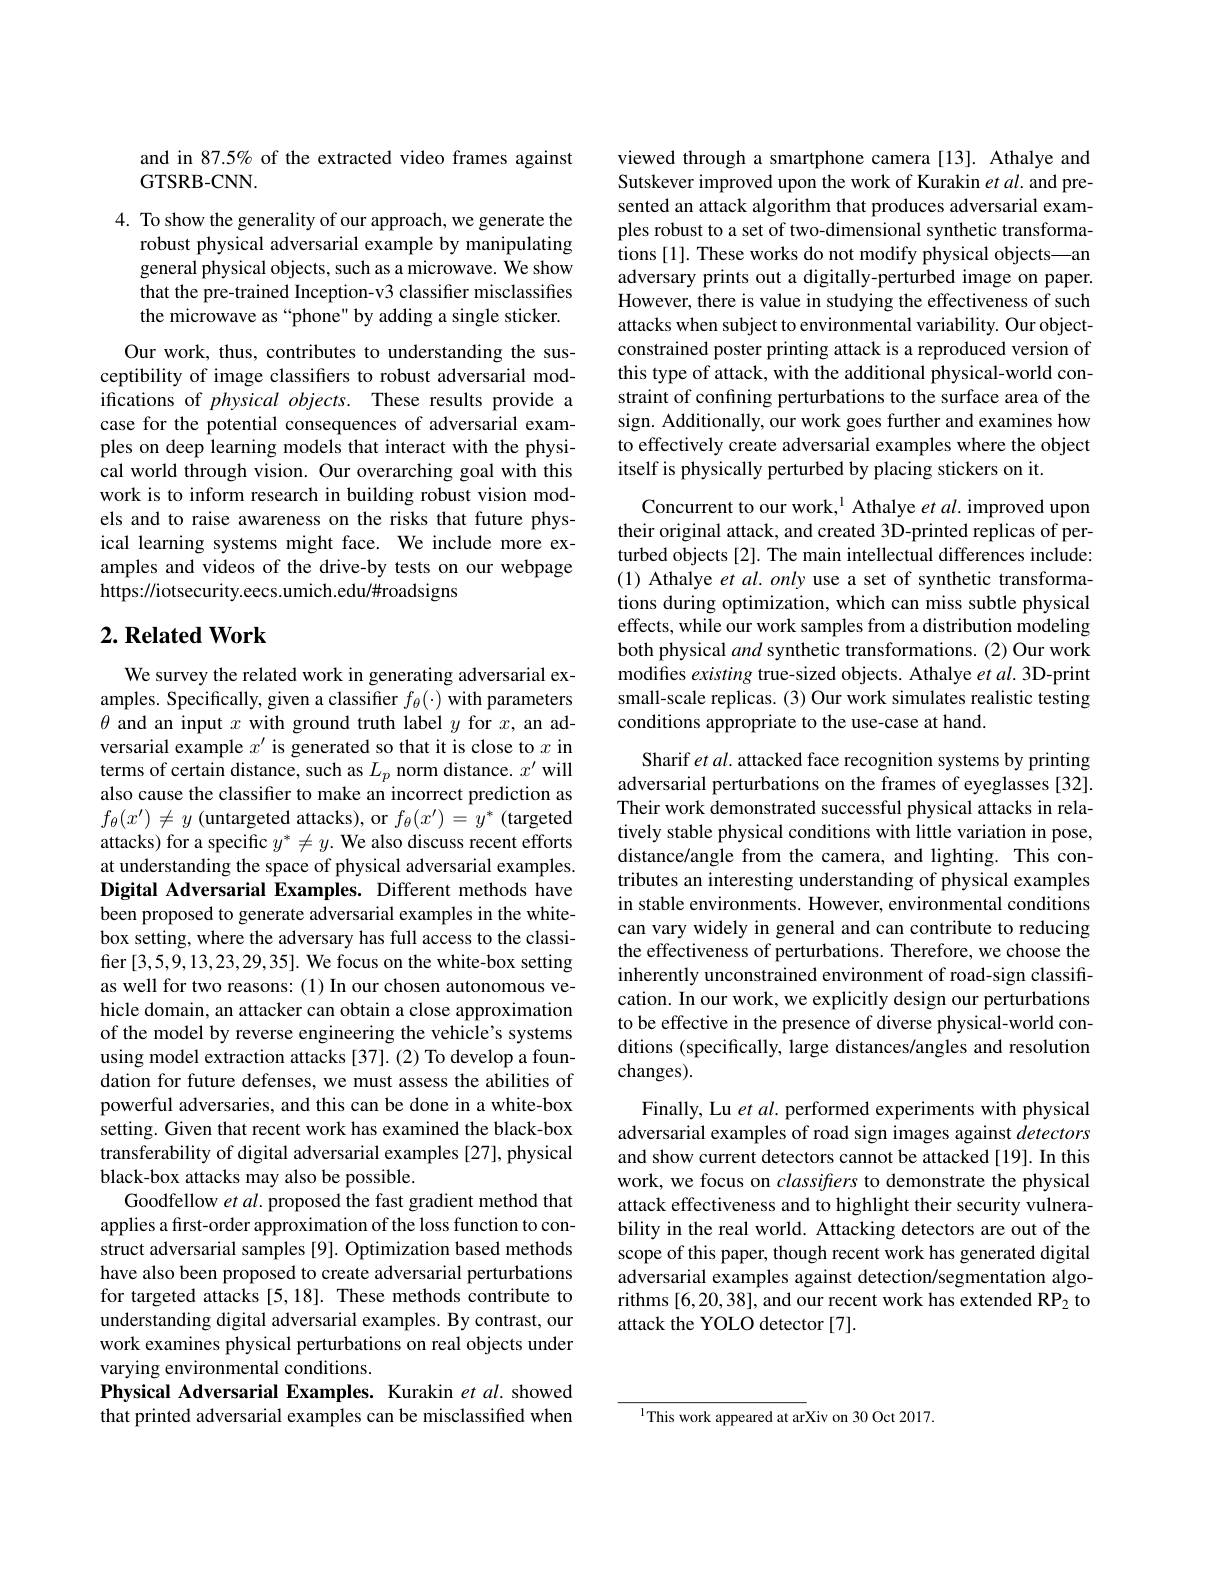
and in 87.5% of the extracted video frames against
GTSRB- CNN.

4. To show the generality of our approach, we generate the
robust physical adversarial example by manipulating general physical objects, such as a microwave. We show that the pre-trained Inception-v3 classifier misclassifies the microwave as “phone" by adding a single sticker.

Our work, thus, contributes to understanding the susceptibility of image classifers to robust adversarial modifications of physical objects. These results provide a case for the potential consequences of adversarial examples on deep learning models that interact with the physical world through vision. Our overarching goal with this work is to inform research in building robust vision models and to raise awareness on the risks that future physical learning systems might face. We include more examples and videos of the drive-by tests on our webpage https://iotsecurity.eecs.umich.edu/#roadsigns

## $2. \textbf{Related Work}$

We survey the related work in generating adversarial examples. Specifically, given a classifier $f_\theta(\cdot)$ with parameters $\theta$ and an input $x$ with ground truth label $y$ for $x$, an adversarial example $x^\prime$ is generated so that it is close to $x$ in terms of certain distance, such as $L_p$ norm distance. $x^\prime$ will also cause the classifier to make an incorrect prediction as $f_{\theta}(x^{\prime})\neq y$ (untargeted attacks), or $f_\theta(x^{\prime})=y^*$ (targeted attacks) for a specific $y^*\neq y.$ We also discuss recent efforts at understanding the space of physical adversarial examples. Digital Adversarial Examples. Different methods have been proposed to generate adversarial examples in the whitebox setting, where the adversary has full access to the classifier [3,5,9,13,23,29,35]. We focus on the white-box setting as well for two reasons: (1) In our chosen autonomous vehicle domain, an attacker can obtain a close approximation of the model by reverse engineering the vehicle's systems using model extraction attacks [37]. (2) To develop a foundation for future defenses, we must assess the abilities of powerful adversaries, and this can be done in a white-box setting. Given that recent work has examined the black-box transferability of digital adversarial examples [27], physical black-box attacks may also be possible.
Goodfellow et al. proposed the fast gradient method that applies a first-order approximation of the loss function to construct adversarial samples [9]. Optimization based methods have also been proposed to create adversarial perturbations for targeted attacks [5,18]. These methods contribute to understanding digital adversarial examples. By contrast, our work examines physical perturbations on real objects under varying environmental conditions.
Physical Adversarial Examples. Kurakin et al. showed that printed adversarial examples can be misclassified when

viewed through a smartphone camera[13]. Athalye and Sutskever improved upon the work of Kurakin et al. and presented an attack algorithm that produces adversarial examples robust to a set of two-dimensional synthetic transformations [1]. These works do not modify physical objects—an adversary prints out a digitally-perturbed image on paper. However, there is value in studying the effectiveness of such attacks when subject to environmental variability. Our objectconstrained poster printing attack is a reproduced version of this type of attack, with the additional physical-world constraint of confining perturbations to the surface area of the sign. Additionally, our work goes further and examines how to effectively create adversarial examples where the object itself is physically perturbed by placing stickers on it.

Concurrent to our work, $^{\mathrm{l}}$ Athalye et al. improved upon their original attack, and created 3D-printed replicas of perturbed objects [2]. The main intellectual differences include: (1) Athalye et al. only use a set of synthetic transformations during optimization, which can miss subtle physical effects, while our work samples from a distribution modeling both physical and synthetic transformations.(2) Our work modifies existing true-sized objects. Athalye et al. 3D-print small-scale replicas. (3) Our work simulates realistic testing conditions appropriate to the use-case at hand.

Sharif et al. attacked face recognition systems by printing adversarial perturbations on the frames of eyeglasses [32]. Their work demonstrated successful physical attacks in relatively stable physical conditions with little variation in pose, distance/angle from the camera, and lighting. This contributes an interesting understanding of physical examples in stable environments. However, environmental conditions can vary widely in general and can contribute to reducing the effectiveness of perturbations. Therefore, we choose the inherently unconstrained environment of road-sign classification. In our work, we explicitly design our perturbations to be effective in the presence of diverse physical-world conditions (specifically, large distances/angles and resolution changes).
Finally, Lu et al. performed experiments with physical adversarial examples of road sign images against detectors and show current detectors cannot be attacked [19]. In this work, we focus on classifiers to demonstrate the physical attack effectiveness and to highlight their security vulnerability in the real world. Attacking detectors are out of the

scope of this paper, though recent work has generated digital adversarial examples against detection/segmentation algorithms [6,20,38], and our recent work has extended RP2 to attack the YOLO detector [7].

$^{1}$This work appeared at arXiv on 30 Oct 2017.